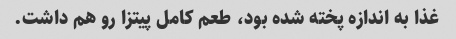
غذا به اندازه پخته شده بود، طعم کامل پیتزا رو هم داشت.